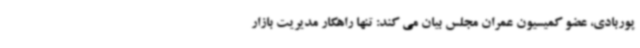
پوربادی، عضو کمیسیون عمران مجلس بیان می کند: تنها راهکار مدیریت بازار